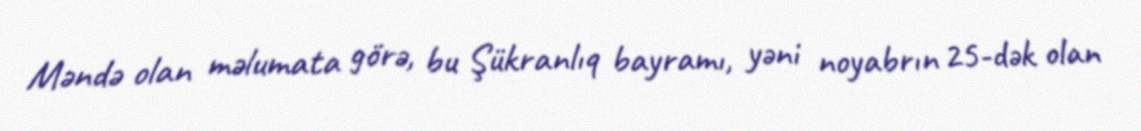
Məndə olan məlumata görə, bu Şükranlıq bayramı, yəni noyabrın 25-dək olan